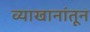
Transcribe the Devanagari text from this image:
व्याखानांतून